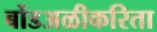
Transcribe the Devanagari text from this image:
बोंडअळीकरिता